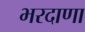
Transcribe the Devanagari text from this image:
भरदाणा